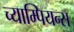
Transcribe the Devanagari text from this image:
च्याम्पियन्स